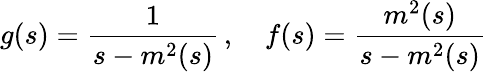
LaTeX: g(s)=\frac{1}{s-m^{2}(s)}\, ,\quad f(s)=\frac{m^{2}(s)}{s-m^{2}(s)}